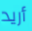
أريد